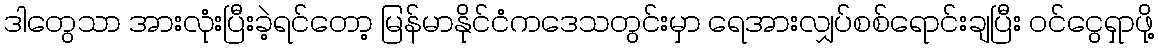
ဒါတွေသာ အားလုံးပြီးခဲ့ရင်တော့ မြန်မာနိုင်ငံကဒေသတွင်းမှာ ရေအားလျှပ်စစ်ရောင်းချပြီး ဝင်ငွေရှာဖို့